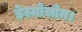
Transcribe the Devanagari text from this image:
डेस्मोसोम।